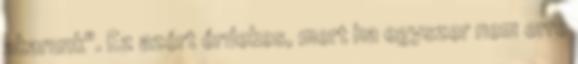
akarunk". Ez azért érdekes, mert ha egyszer nem erre